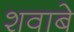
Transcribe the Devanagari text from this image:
शवाबे